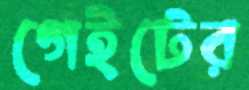
গেইটের